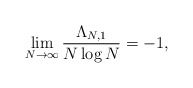
\begin{align*}\lim_{N\rightarrow\infty}\frac{\Lambda_{N,1}}{N\log N}=-1,\end{align*}